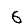
Digit: 6